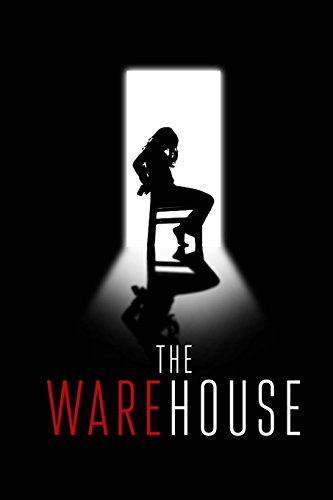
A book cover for The Warehouse (Volume 1); Pen Fist; Romance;